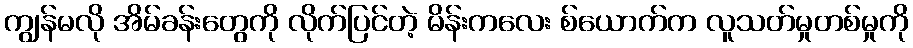
ကျွန်မလို အိမ်ခန်းတွေကို လိုက်ပြင်တဲ့ မိန်းကလေး စ်ယောက်က လူသတ်မှုတစ်မှုကို